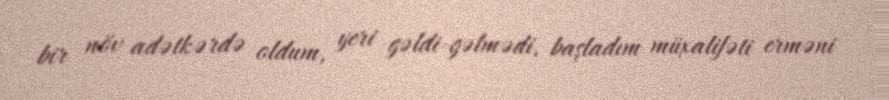
bir növ adətkərdə oldum, yeri gəldi-gəlmədi, başladım müxalifəti erməni